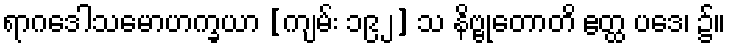
ရာဂဒေါသမောဟက္ခယာ [ကျမ်း ၁၉၂] သ နိဗ္ဗုတောတိ ဧတ္ထ ပဒေ၊ ၌။